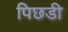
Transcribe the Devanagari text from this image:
पिछडी